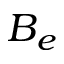
B _ { e }